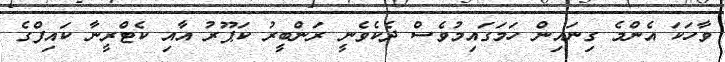
ވާހަކަ އެންމެ ގިނައިން ހަމަގައިމުވެސް ދެކެވެނީ ރަންބީރު ކަޕޫރު އާއި ކެޓްރީނާ ކައިފްގެ